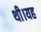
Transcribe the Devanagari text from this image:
थी।यह